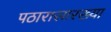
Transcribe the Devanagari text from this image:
पठारासारख्या